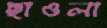
ছাওলা